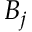
B _ { j }